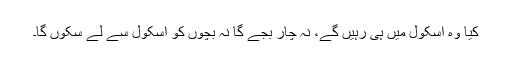
کیا وہ اسکول میں ہی رہیں گے، نہ چار بجے گا نہ بچوں کو اسکول سے لے سکوں گا۔